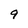
Character: 9